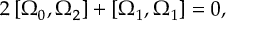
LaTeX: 2 \left[ \Omega _ { 0 } , \Omega _ { 2 } \right] + \left[ \Omega _ { 1 } , \Omega _ { 1 } \right] = 0 ,